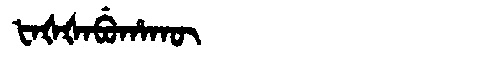
Manchu: ᡶᠠᡧᡧᠠᠪᡠᡥᠠᡴᡡ
Romanization: FAŠŠABUHAKŪ